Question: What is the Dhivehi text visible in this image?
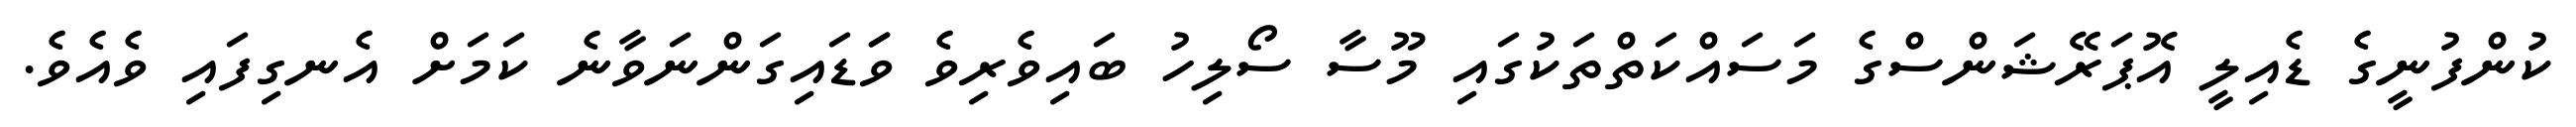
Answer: ކުންފުނީގެ ޑެއިލީ އޮޕަރޭޝަންސްގެ މަސައްކަތްތަކުގައި މޫސާ ސޯލިހު ބައިވެރިވެ ވަަޑައިގަންނަވާނެ ކަމަށް އެނގިފައި ވެއެވެ.